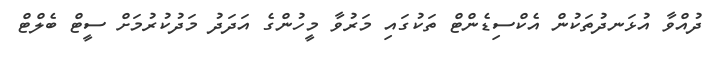
ދުއްވާ އުޅަނދުތަކުން އެކްސިޑެންޓް ތަކުގައި މަރުވާ މީހުންގެ އަދަދު މަދުކުރުމަށް ސީޓް ބެލްޓް